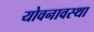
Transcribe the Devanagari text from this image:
योवनावस्था